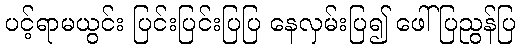
ပင့်ရာမယွင်း ပြင်းပြင်းပြပြ နေလှမ်းပြ၍ ဖေါ်ပြညွန်ပြ